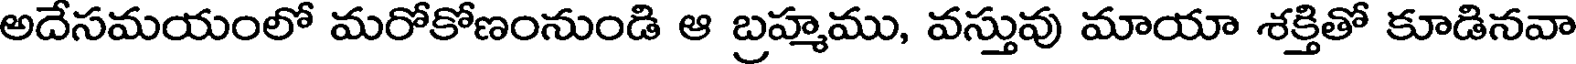
అదేసమయంలో మరోకోణంనుండి ఆ బ్రహ్మము, వస్తువు మాయా శక్తితో కూడినవా